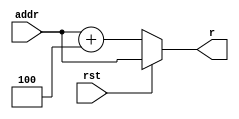
`timescale 1ns / 1ns

module npc(
    input [31:0] addr,
    input rst,
    output [31:0] r
    );

    assign r = rst ? addr : addr + 4;

endmodule